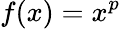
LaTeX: f(x)=x^{p}